Tezpur Lunatic Asylum reports 1895-1904 - 1895-1904
Year: 1895
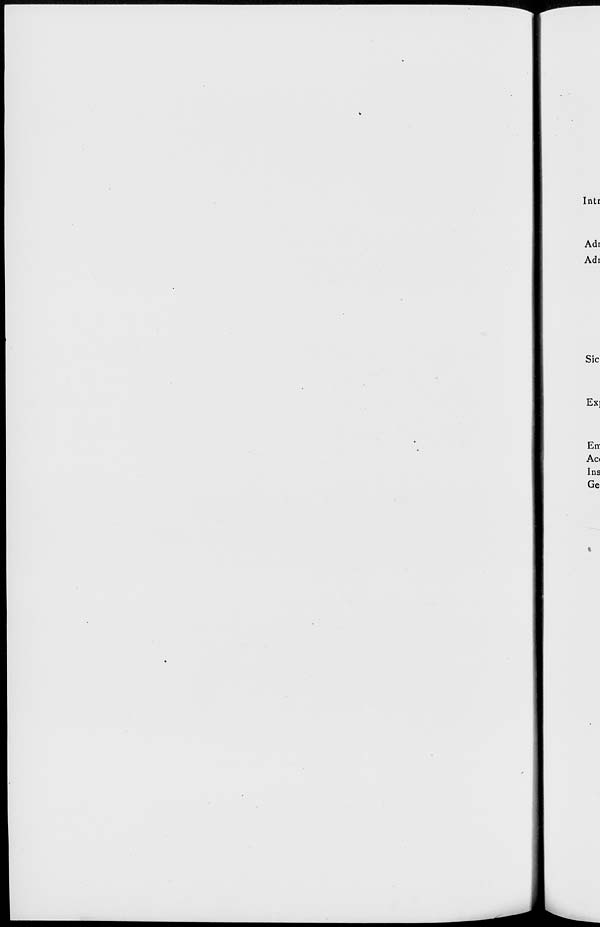
Intr
Adr
Adi
Sic
Exi
Err
Ac«
Ins
Ge